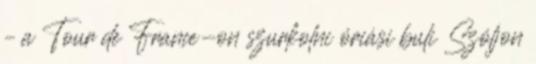
– a Tour de France-on szurkolni óriási buli Szóljon